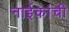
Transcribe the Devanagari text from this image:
नाईकांची